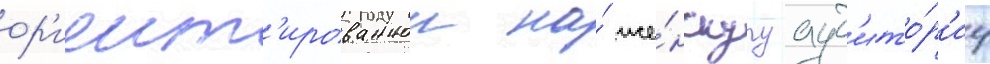
ор'иент'ированнои на́ же́нскуу ауд'ито́р'иу